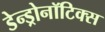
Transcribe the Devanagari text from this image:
डेन्ड्रोनॉटिक्स